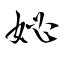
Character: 妼